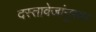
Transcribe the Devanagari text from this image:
दस्तावेजांनुसार